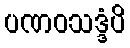
ပဏဝသဒ္ဒံပိ